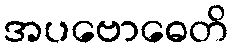
အပဗောဓေတိ